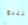
أتتبع